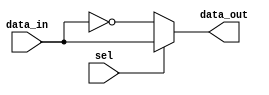
module choose_PSK(
	input [7:0]data_in,
	input sel,
	output [7:0]data_out
);

reg[7:0]daout;

always @(sel)
begin
	if(sel)
		daout <= data_in;
	else 
		daout <= ~data_in;
end

assign data_out = daout;

endmodule